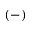
( - )